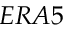
E R A 5